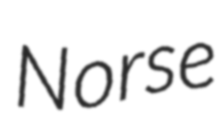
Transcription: Norse